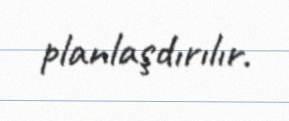
planlaşdırılır.